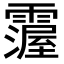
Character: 𩅵